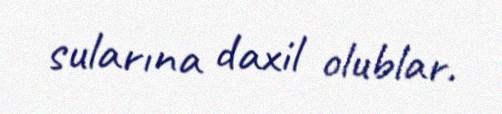
sularına daxil olublar.